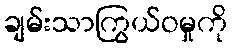
ချမ်းသာကြွယ်ဝမှုကို